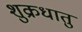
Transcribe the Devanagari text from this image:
शुक्रधातु